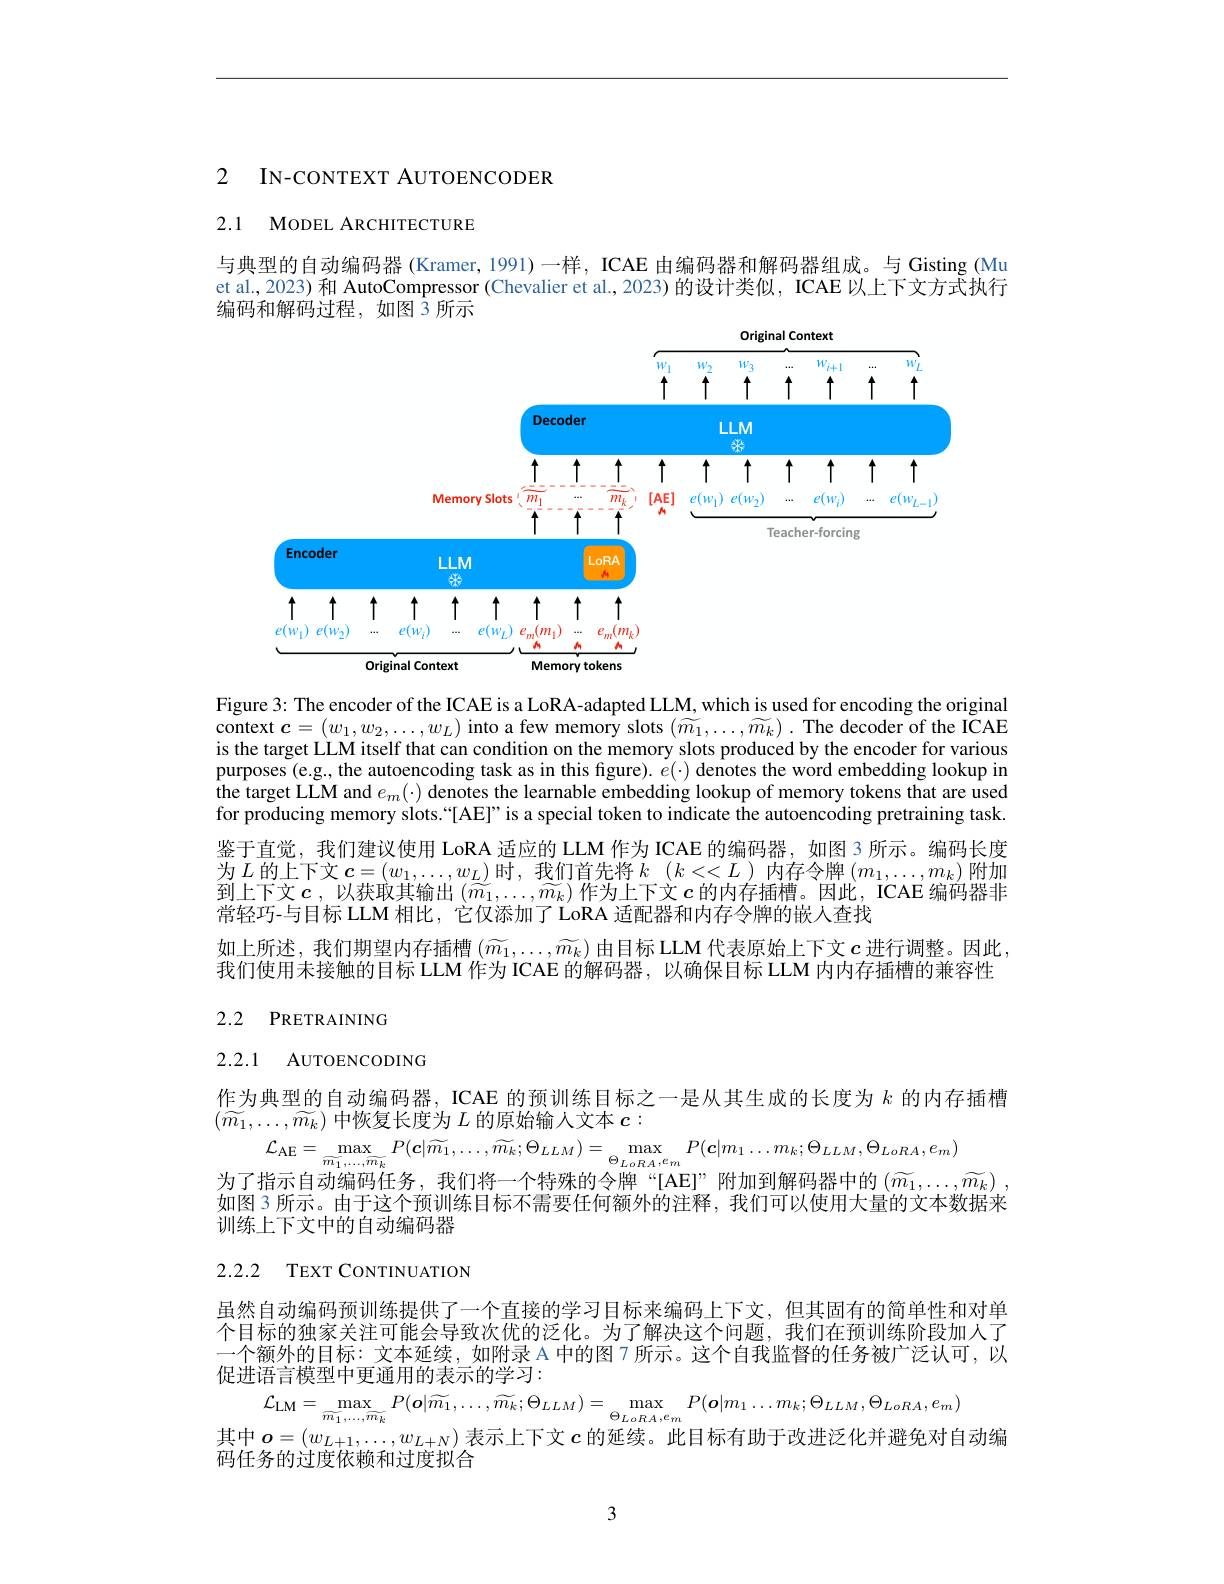
2 IN-CONTEXT AUTOENCODER

2.1 MODEL ARCHITECTURE

与典型的自动编码器(Kramer,1991)一样，ICAE 由编码器和解码器组成。与 Gisting (Mu et al., 2023) 和 AutoCompressor (Chevalier et al., 2023)的设计类似，ICAE 以上下文方式执行编码和解码过程，如图 3 所示

<FigureHere>

Figure 3: The encoder of the ICAE is a LoRA-adapted LLM, which is used for encoding the original context $c=(w_1,w_2,\ldots,w_L)$ into a few memory slots $(\widetilde{m}_1,\ldots,\widetilde{m}_k).$ The decoder of the ICAE is the target LLM itself that can condition on the memory slots produced by the encoder for various purposes (e.g., the autoencoding task as in this figure). $e(\cdot)$ denotes the word embedding lookup in the target LLM and $e_m(\cdot)$ denotes the learnable embedding lookup of memory tokens that are used for producing memory slots.“[AE]”is a special token to indicate the autoencoding pretraining task. 鉴于直觉，我们建议使用 LoRA 适应的 LLM 作为 ICAE 的编码器，如图 3 所示。编码长度为$L$的上下文$\boldsymbol c=(w_1,\ldots,w_L)$时，我们首先将$k$ $( k< < L)$内存令牌$\left(m_1,\ldots,m_k\right)$附加到上下文$c$ ,以获取其输出$(\widetilde{m}_1,\ldots,\widetilde{m}_k)$作为上下文$c$的内存插槽。因此，ICAE 编码器非常轻巧-与目标 LLM 相比，它仅添加了 LoRA 适配器和内存令牌的嵌人查找
如上所述，我们期望内存插槽$\left(\widetilde{m_1},\ldots,\widetilde{m_k}\right)$由目标 LLM 代表原始上下文$c$ 进行调整。因此， 我们使用未接触的目标 LLM 作为 ICAE 的解码器，以确保目标 LLM 内内存插槽的兼容性2.2 PRETRAINING

## 2.2.1 AUTOENCODING

作为典型的自动编码器，ICAE 的预训练目标之一是从其生成的长度为$k$的内存插槽
$(\widetilde{m_1},\ldots,\widetilde{m_k})$中恢复长度为$L$的原始输入文本$c:$
$\mathcal{L}_{\mathrm{AE}}=\max_{\widetilde{m_{1},\ldots,\widetilde{m_{k}}}}P(\boldsymbol{c}|\widetilde{m_{1}},\ldots,\widetilde{m_{k}};\Theta_{LLM})=\max_{\Theta_{LoRA},e_{m}}P(\boldsymbol{c}|m_{1}\ldots m_{k};\Theta_{LLM},\Theta_{LoRA},e_{m})$

为了指示自动编码任务，我们将一个特殊的令牌“[AE]”附加到解码器中的$\left(\widetilde{m}_1,\ldots,\widetilde{m}_k\right)$ 如图 3 所示。由于这个预训练目标不需要任何额外的注释，我们可以使用大量的文本数据来训练上下文中的自动编码器

2.2.2 TEXT CONTINUATION

虽然自动编码预训练提供了一个直接的学习目标来编码上下文，但其固有的简单性和对单个目标的独家关注可能会导致次优的泛化。为了解决这个问题，我们在预训练阶段加人了一个额外的目标：文本延续，如附录 A 中的图 7 所示。这个自我监督的任务被广泛认可，以促进语言模型中更通用的表示的学习：
$\mathcal{L}_{\mathrm{LM}}=\max_{\widetilde{m_{1},\ldots,\widetilde{m_{k}}}}P(\boldsymbol{o}|\widetilde{m_{1}},\ldots,\widetilde{m_{k}};\Theta_{LLM})=\max_{\Theta_{LoRA},e_{m}}P(\boldsymbol{o}|m_{1}\ldots m_{k};\Theta_{LLM},\Theta_{LoRA},e_{m})$其中$\boldsymbol o=(w_{L+1},\ldots,w_{L+N})$表示上下文$c$的延续。此目标有助于改进泛化并避免对自动编
码任务的过度依赖和过度拟合

3